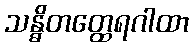
သန္ဓိတတ္ထေရဂါထာ